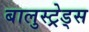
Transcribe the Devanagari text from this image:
बालुस्‍ट्रेड्स